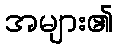
အများ၏